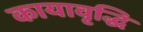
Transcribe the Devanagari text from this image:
कायावृद्धि